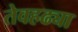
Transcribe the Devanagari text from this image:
तेवहढ्या